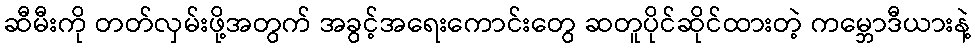
ဆီမီးကို တတ်လှမ်းဖို့အတွက် အခွင့်အရေးကောင်းတွေ ဆတူပိုင်ဆိုင်ထားတဲ့ ကမ္ဘောဒီယားနဲ့